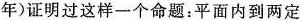
年)证明过这样一个命题：平面内到两定